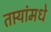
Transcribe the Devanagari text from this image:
तार्‍यांमधे